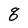
Character: q